65_HS1-834228961_62-HQ-83894_Section_2
Agency: FBI
Page 189
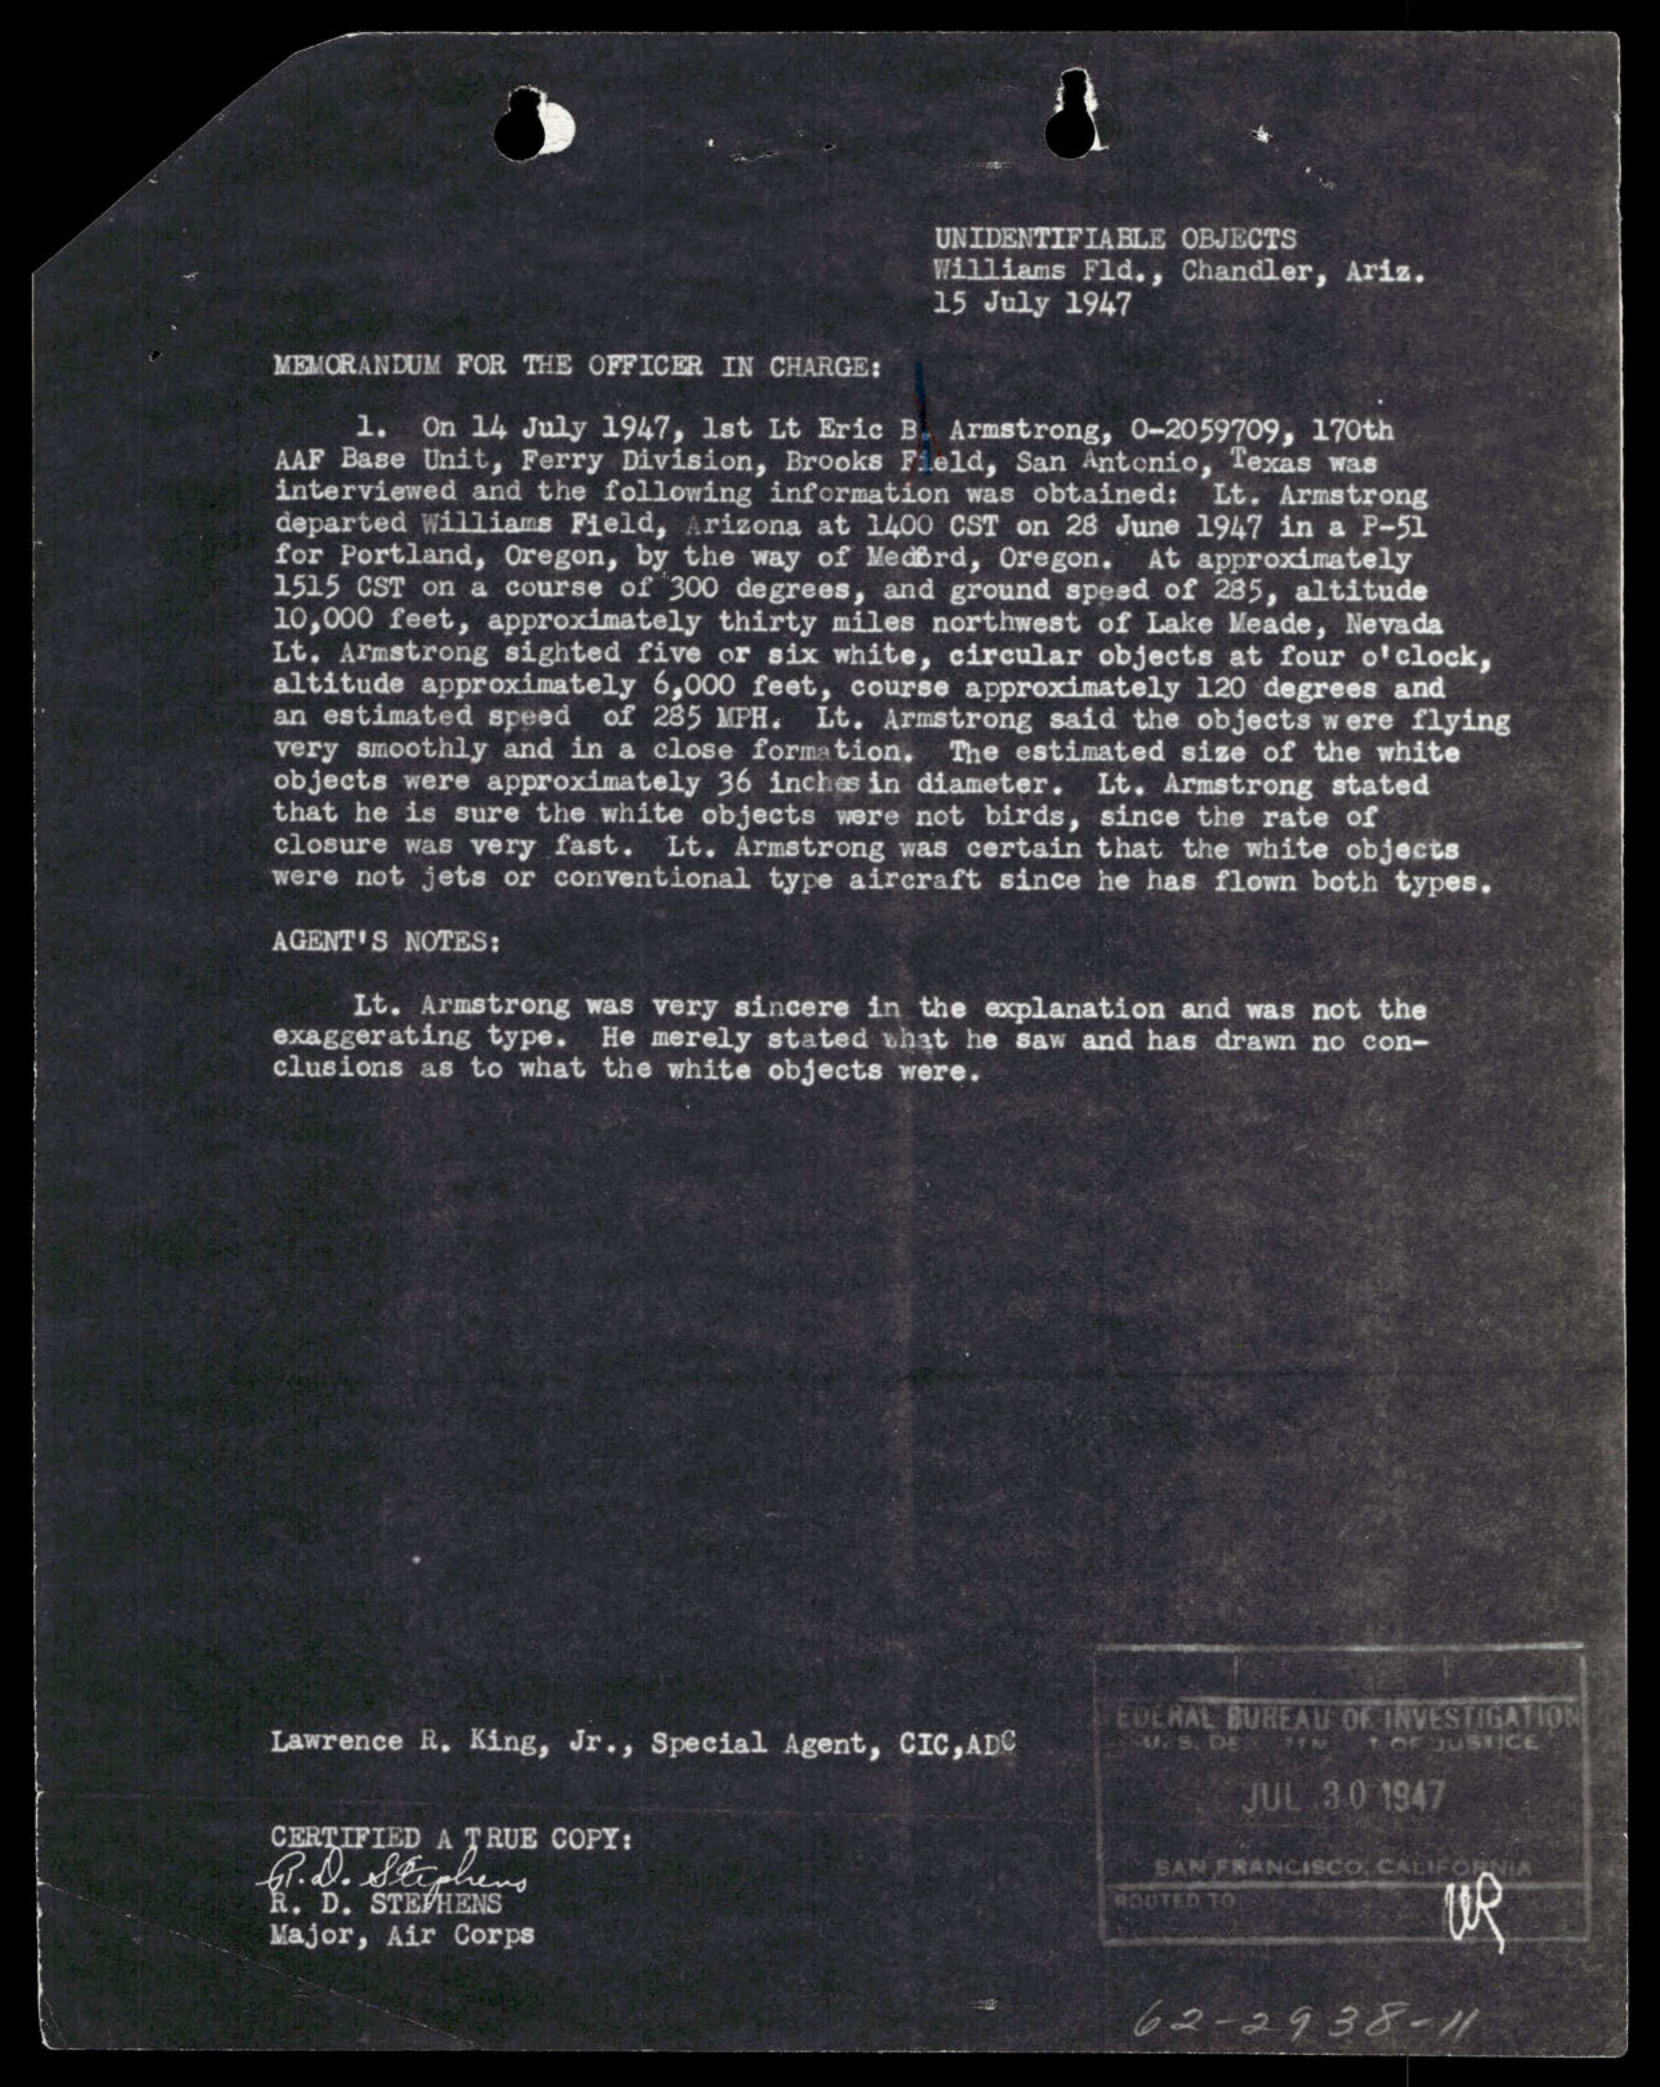